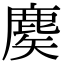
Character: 𪊢